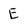
Character: E